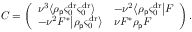
C = \left( \begin{array} { l l } { \nu ^ { 3 } \langle \rho _ { \mathsf { p } } \varsigma _ { 0 } ^ { \mathrm { d r } } \varsigma _ { 0 } ^ { \mathrm { d r } } \rangle } & { - \nu ^ { 2 } \big \langle \rho _ { \mathsf { p } } \varsigma _ { 0 } ^ { \mathrm { d r } } \big | F } \\ { - \nu ^ { 2 } F ^ { * } \big | \rho _ { \mathsf { p } } \varsigma _ { 0 } ^ { \mathrm { d r } } \big \rangle } & { \nu F ^ { * } \rho _ { \mathsf { p } } F } \end{array} \right) .